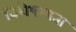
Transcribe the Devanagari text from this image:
विशेषग्यता